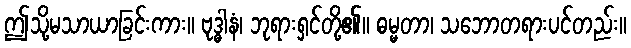
ဤသို့မသာယာခြင်းကား။ ဗုဒ္ဓါနံ၊ ဘုရားရှင်တို့၏။ ဓမ္မတာ၊ သဘောတရားပင်တည်း။